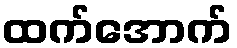
ထက်အောက်